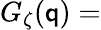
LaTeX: G_{\zeta}(\mathsf{q})=